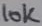
Text: 10K